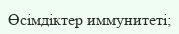
Өсімдіктер иммунитеті;